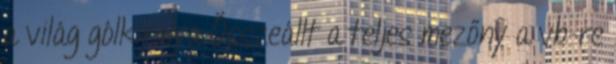
a világ gólkirálya Összeállt a teljes mezőny a vb-re